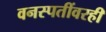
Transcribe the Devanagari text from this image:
वनस्पतींवरही